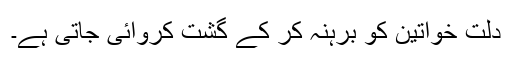
دلت خواتین کو برہنہ کر کے گشت کروائی جاتی ہے۔